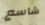
شاسع